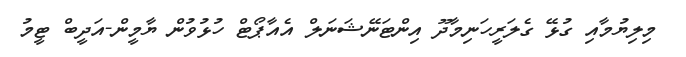
މިލިޔުމާއި ގުޅޭ ގެލަރީހަނިމާދޫ އިންޓަނޭޝަނަލް އެއާޕޯޓް ހުޅުވުން ޔާމީން-އަދީބް ޓީމު